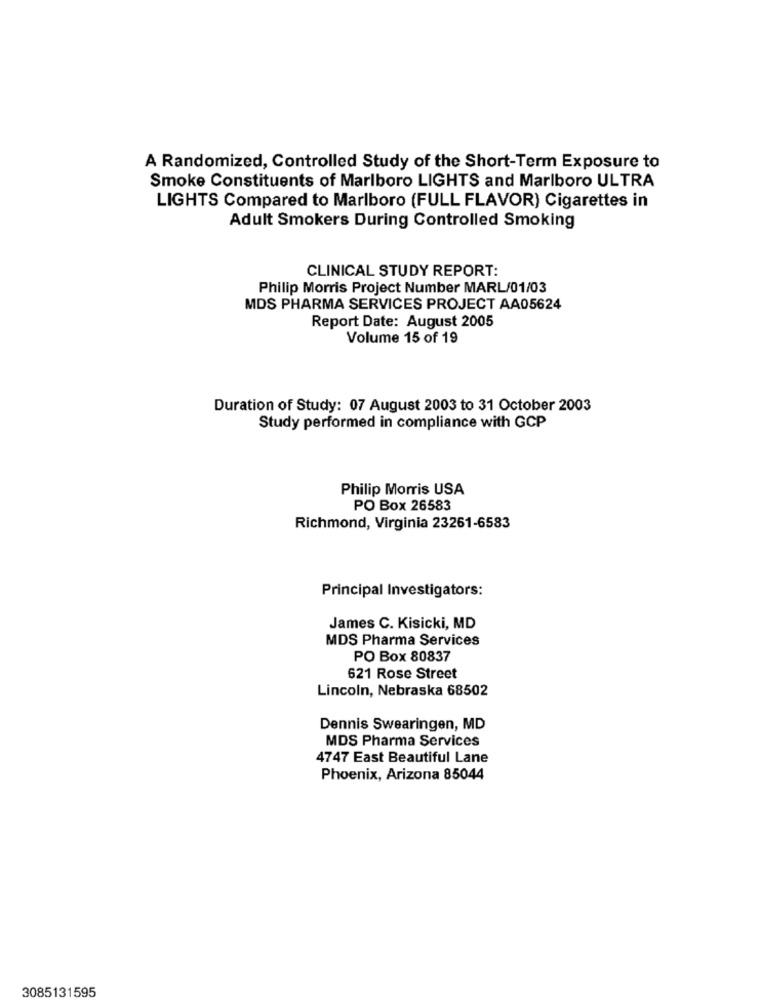
A Randomized, Controlled Study of the Short-Term Exposure to
Smoke Constituents of Marlboro LIGHTS and Marlboro ULTRA
LIGHTS Compared to Marlboro (FULL FLAVOR) Cigarettes in
Adult Smokers During Controlled Smoking
CLINICAL STUDY REPORT:
Philip Morris Project Number MARL/01/03
MDS PHARMA SERVICES PROJECT AA05624
Report Date: August 2005
Volume 15 of 19
Duration of Study: 07 August 2003 to 31 October 2003
Study performed in compliance with GCP
Philip Morris USA
PO Box 26583
Richmond, Virginia 23261-6583
Principal Investigators:
James C. Kisicki, MD
MDS Pharma Services
PO Box 80837
621 Rose Street
Lincoln, Nebraska 68502
Dennis Swearingen, MD
MDS Pharma Services
4747 East Beautiful Lane
Phoenix, Arizona 85044
3085131595